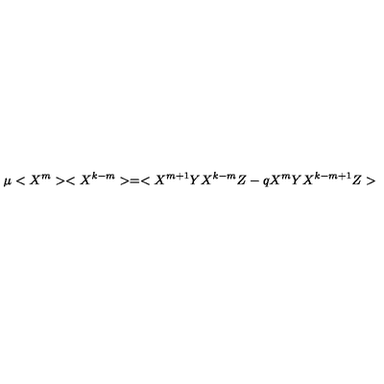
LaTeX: \mu < X ^ { m } > < X ^ { k - m } > = < X ^ { m + 1 } Y X ^ { k - m } Z - q X ^ { m } Y X ^ { k - m + 1 } Z >